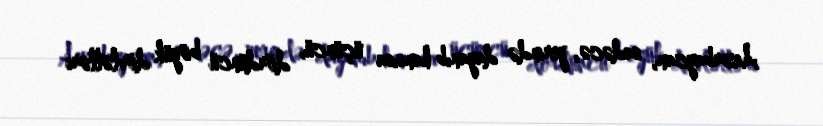
Azərbaycan, sadəcə, yerində dayanıb hansısa üçüncü, dördüncü böyük dövlətləri